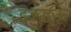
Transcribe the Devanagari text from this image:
इडद्धऊ